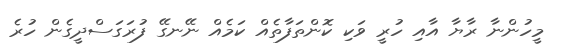
މީހުންނާ ރާޔާ އާއި ހުރީ ވަކި ކޮންތަފާތެއް ކަމެއް ނޭނގޭ ފުރަގަސްދީގެން ހުރެ